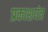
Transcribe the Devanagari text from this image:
प्रकाशयंत्र